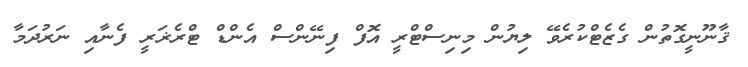
ޤާނޫނީގޮތުން ގެޒެޓްކުރެވޭ ލިޔުން މިނިސްޓްރީ އޮފް ފިނޭންސް އެންޑް ޓްރެޜަރީ ފެނާއި ނަރުދަމާ